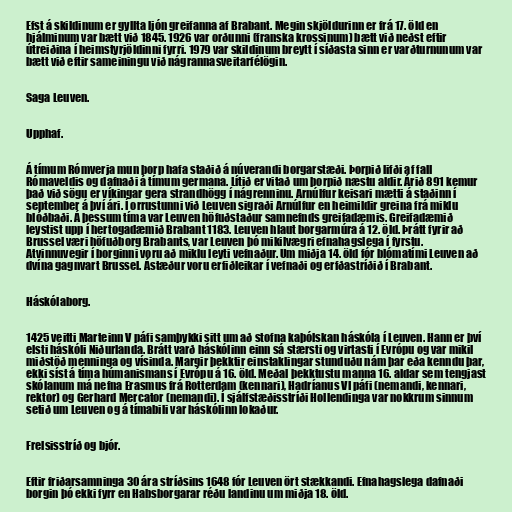
Efst á skildinum er gyllta ljón greifanna af Brabant. Megin skjöldurinn er frá 17. öld en
hjálminum var bætt við 1845. 1926 var orðunni (franska krossinum) bætt við neðst eftir
útreiðina í heimstyrjöldinni fyrri. 1979 var skildinum breytt í síðasta sinn er varðturnunum var
bætt við eftir sameiningu við nágrannasveitarfélögin.

Saga Leuven.

Upphaf.

Á tímum Rómverja mun þorp hafa staðið á núverandi borgarstæði. Þorpið lifði af fall
Rómaveldis og dafnaði á tímum germana. Lítið er vitað um þorpið næstu aldir. Árið 891 kemur
það við sögu er víkingar gera strandhögg í nágrenninu. Arnúlfur keisari mætti á staðinn í
september á því ári. Í orrustunni við Leuven sigraði Arnúlfur en heimildir greina frá miklu
blóðbaði. Á þessum tíma var Leuven höfuðstaður samnefnds greifadæmis. Greifadæmið
leystist upp í hertogadæmið Brabant 1183. Leuven hlaut borgarmúra á 12. öld. Þrátt fyrir að
Brussel væri höfuðborg Brabants, var Leuven þó mikilvægri efnahagslega í fyrstu.
Atvinnuvegir í borginni voru að miklu leyti vefnaður. Um miðja 14. öld fór blómatími Leuven að
dvína gagnvart Brussel. Ástæður voru erfiðleikar í vefnaði og erfðastríðið í Brabant.

Háskólaborg.

1425 veitti Marteinn V páfi samþykki sitt um að stofna kaþólskan háskóla í Leuven. Hann er því
elsti háskóli Niðurlanda. Brátt varð háskólinn einn sá stærsti og virtasti í Evrópu og var mikil
miðstöð menninga og vísinda. Margir þekktir einstaklingar stunduðu nám þar eða kenndu þar,
ekki síst á tíma húmanismans í Evrópu á 16. öld. Meðal þekktustu manna 16. aldar sem tengjast
skólanum má nefna Erasmus frá Rotterdam (kennari), Hadríanus VI páfi (nemandi, kennari,
rektor) og Gerhard Mercator (nemandi). Í sjálfstæðisstríði Hollendinga var nokkrum sinnum
setið um Leuven og á tímabili var háskólinn lokaður.

Frelsisstríð og bjór.

Eftir friðarsamninga 30 ára stríðsins 1648 fór Leuven ört stækkandi. Efnahagslega dafnaði
borgin þó ekki fyrr en Habsborgarar réðu landinu um miðja 18. öld.